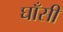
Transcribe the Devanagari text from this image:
घाँसी